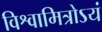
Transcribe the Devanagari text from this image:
विश्वामित्रोऽयं